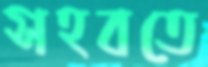
সহবতে